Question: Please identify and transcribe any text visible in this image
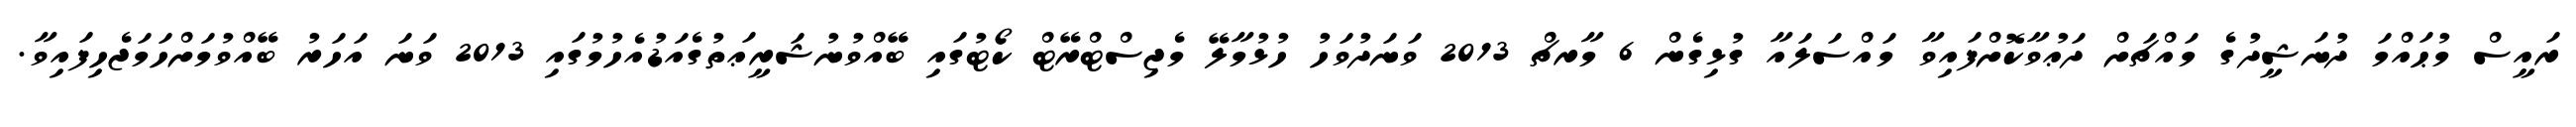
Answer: ރައީސް މުޙައްމަ ދުނަޝީދުގެ މައްޗަށް ދަޢުވާކޮށްފައިވާ މައްސަލައާ ގުޅިގެން 6 މާރޗް 2013 ވަނަދުވަހު ހުޅުމާލޭ މެޖިސްޓްރޭޓް ކޯޓުގައި ބޭއްވުނުޝަރީޢަތުގެއަޑުއެހުމުގައި 2013 ވަނަ އަހަރު ބޭއްވުމަށްހަމަޖެހިފައިވާ.